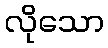
လိုသော